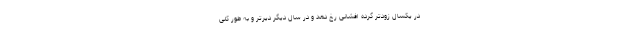
در یکسال زودتر گرده افشانی رخ دهد و در سال دیگر دیرتر و به طور کلی